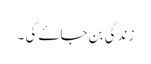
زندگی بن جاۓ گی ۔